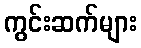
ကွင်းဆက်များ